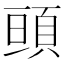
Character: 𩒢